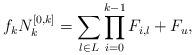
LaTeX: \begin{align*}f_{k}N^{[0,k]}_{k} = \sum_{l\in L}\prod_{i=0}^{k-1}F_{i,l} + F_{u},\end{align*}